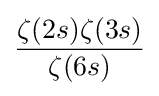
{\frac {\zeta (2s)\zeta (3s)}{\zeta (6s)}}